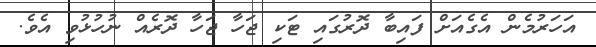
އަހަރުމެން އެގެއަށް ފައިބާ ދޮރުގައި ޓަކި ޖަހާ ޖަހާ ދޮރެއް ނުހުޅުވި އެވެ.